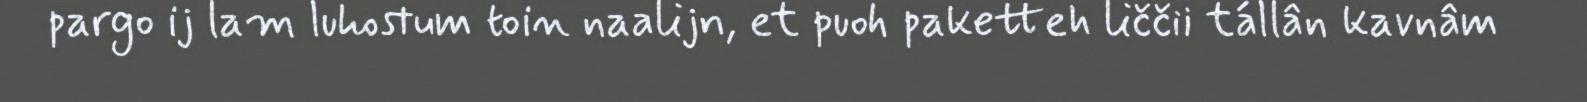
pargo ij lam luhostum toin naalijn, et puoh paketteh liččii tállân kavnâm